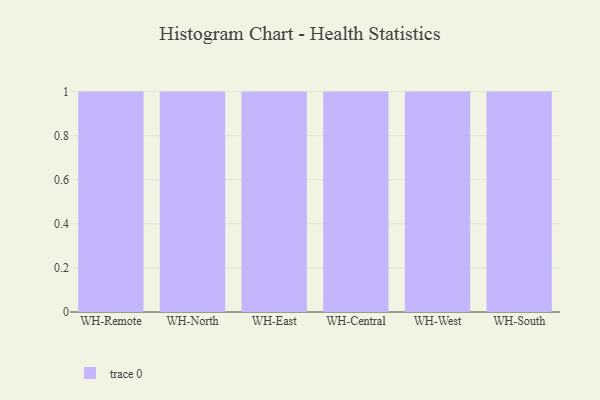
{"axis": {"x": "Warehouse", "y": "Backlog"}, "legend": [""], "data": [{"x": "WH-Remote", "y": 64, "type": ""}, {"x": "WH-North", "y": 36, "type": ""}, {"x": "WH-East", "y": 10, "type": ""}, {"x": "WH-Central", "y": 46, "type": ""}, {"x": "WH-West", "y": 2, "type": ""}, {"x": "WH-South", "y": 3, "type": ""}]}